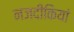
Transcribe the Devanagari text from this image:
नजदीकियां